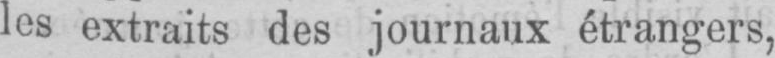
les extraits des journaux étrangers,